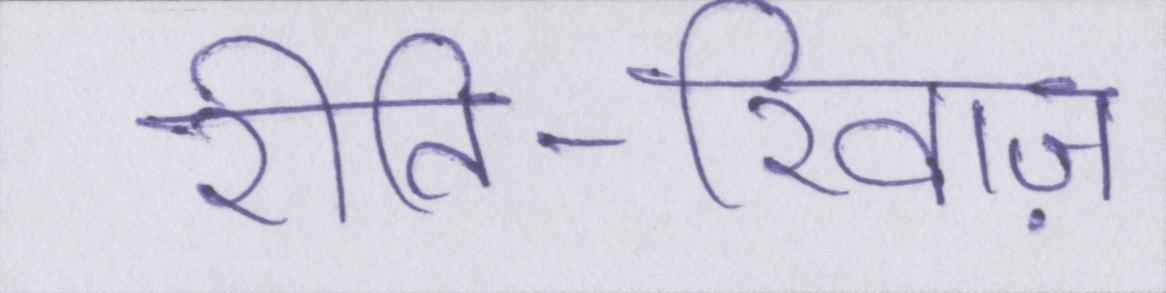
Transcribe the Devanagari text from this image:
रीति-रिवाज़